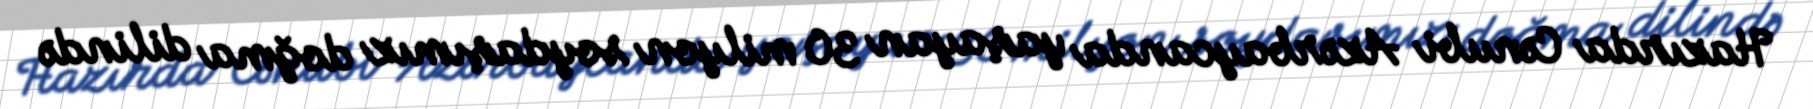
Hazırda Cənubi Azərbaycanda yaşayan 30 milyon soydaşımız doğma dilində